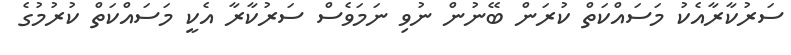
ސަރުކާރާއެކު މަސައްކަތް ކުރަން ބޭނުން ނުވި ނަމަވެސް ސަރުކާރާ އެކީ މަސައްކަތް ކުރުމުގެ